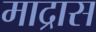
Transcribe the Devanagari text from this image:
माद्रास